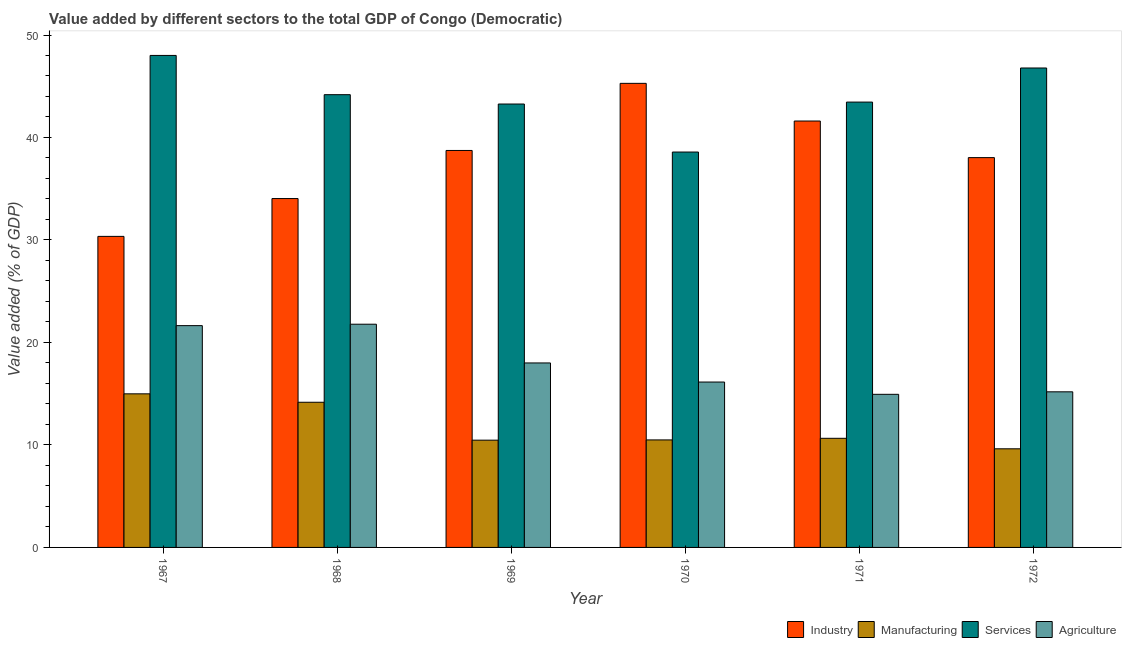
| Year | Industry | Manufacturing | Services | Agriculture |
 | --- | --- | --- | --- | --- |
 | 1967 | 30.4 | 15 | 48 | 21.6 |
 | 1968 | 34 | 14.2 | 44.2 | 21.8 |
 | 1969 | 38.7 | 10.5 | 43.3 | 18 |
 | 1970 | 45.3 | 10.5 | 38.6 | 16.1 |
 | 1971 | 41.6 | 10.6 | 43.5 | 14.9 |
 | 1972 | 38 | 9.62 | 46.8 | 15.2 |